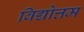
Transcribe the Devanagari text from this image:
विद्योत्तम